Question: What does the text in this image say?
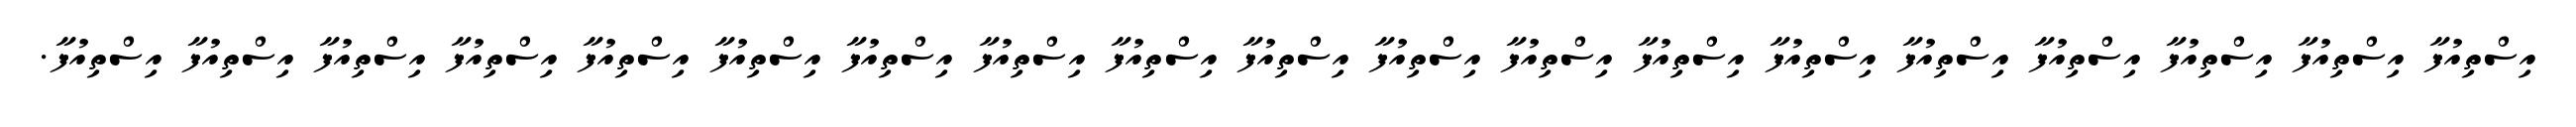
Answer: އިސްތިއުފާ އިސްތިއުފާ އިސްތިއުފާ އިސްތިއުފާ އިސްތިއުފާ އިސްތިއުފާ އިސްތިއުފާ އިސްތިއުފާ އިސްތިއުފާ އިސްތިއުފާ އިސްތިއުފާ އިސްތިއުފާ އިސްތިއުފާ އިސްތިއުފާ އިސްތިއުފާ އިސްތިއުފާ އިސްތިއުފާ އިސްތިއުފާ އިސްތިއުފާ.